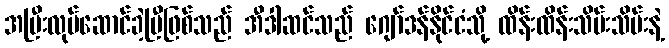
အပြီးလုပ်ဆောင်ခဲ့ပြီဖြစ်သည် အီဒါဆင်သည် ဂျော်ဒန်နိုင်ငံသို့ ထိန်းထိန်းသိမ်းသိမ်းနဲ့